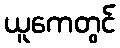
ယူကေတွင်